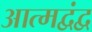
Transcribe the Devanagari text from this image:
आत्मद्वंद्व